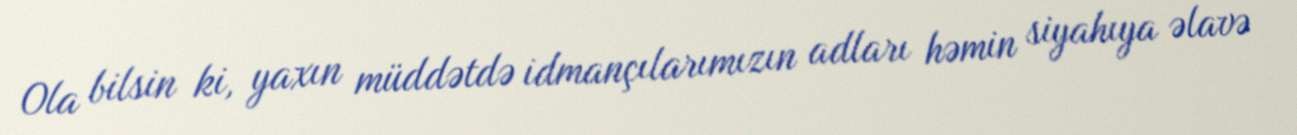
Ola bilsin ki, yaxın müddətdə idmançılarımızın adları həmin siyahıya əlavə